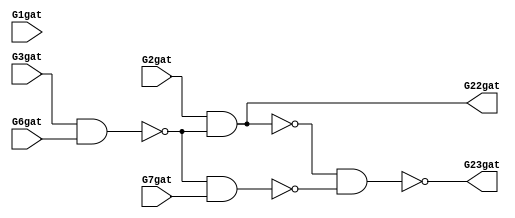
// This file is generated by bench2vlog.py by littleshamoo
//   options: -l tsmc 
module c17 ( G1gat, G2gat, G3gat, G6gat, G7gat, G22gat, G23gat);

input G1gat;
input G2gat;
input G3gat;
input G6gat;
input G7gat;

output G22gat;
output G23gat;

wire G10gat, G11gat, G16gat, G19gat;


nand (G10gat, G1gat, 1'b0);
nand (G11gat, G3gat, G6gat);
nand (G16gat, G2gat, G11gat);
nand (G19gat, G11gat, G7gat);
nand (G22gat, G10gat, G16gat);
nand (G23gat, G16gat, G19gat);

endmodule